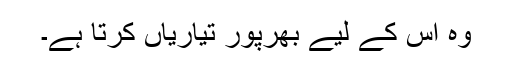
وہ اس کے لیے بھرپور تیاریاں کرتا ہے۔